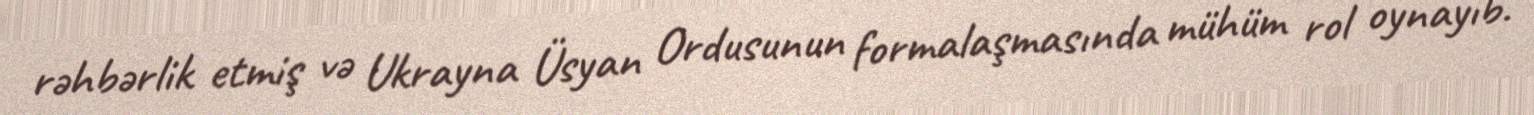
rəhbərlik etmiş və Ukrayna Üsyan Ordusunun formalaşmasında mühüm rol oynayıb.